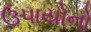
ઉપાયોનો